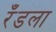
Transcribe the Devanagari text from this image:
रँडला